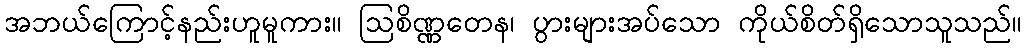
အဘယ်ကြောင့်နည်းဟူမူကား။ ဩစိဏ္ဏတေန၊ ပွားများအပ်သော ကိုယ်စိတ်ရှိသောသူသည်။